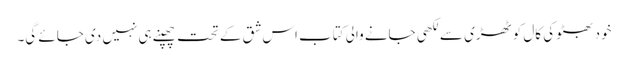
خود بھٹو کی کال کوٹھڑی سے لکھی جانے والی کتاب اس شق کے تحت چھپنے ہی نہیں دی جائے گی۔